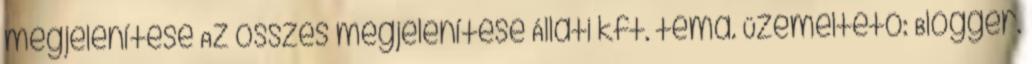
megjelenítése Az összes megjelenítése Állati kft. téma. Üzemeltető: Blogger.